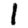
Digit: 1